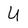
Character: U